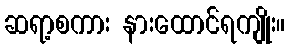
ဆရာ့စကား နားထောင်ရကျိုး။